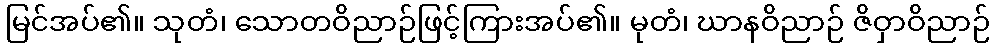
မြင်အပ်၏။ သုတံ၊ သောတဝိညာဉ်ဖြင့်ကြားအပ်၏။ မုတံ၊ ဃာနဝိညာဉ် ဇိဝှာဝိညာဉ်